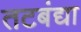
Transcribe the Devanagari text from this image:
तटबंद्या